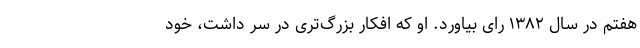
هفتم در سال ۱۳۸۲ رای بیاورد. او که افکار بزرگ‌تری در سر داشت، خود